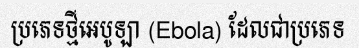
ប្រភេទថ្មីអេបូឡា (Ebola) ដែលជាប្រភេទ